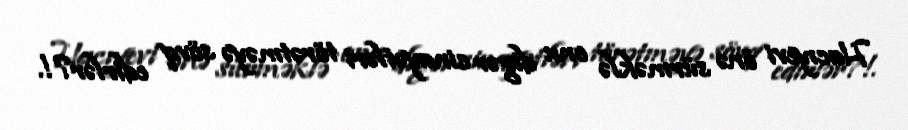
Hacıyevi önə sürməklə onu digər cinayətləri törətməyə sövq edirlər?!.